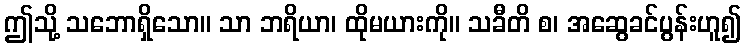
ဤသို့ သဘောရှိသော။ သာ ဘရိယာ၊ ထိုမယားကို။ သခီတိ စ၊ အဆွေခင်ပွန်းဟူ၍